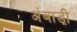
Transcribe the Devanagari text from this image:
अंबाड़ी़